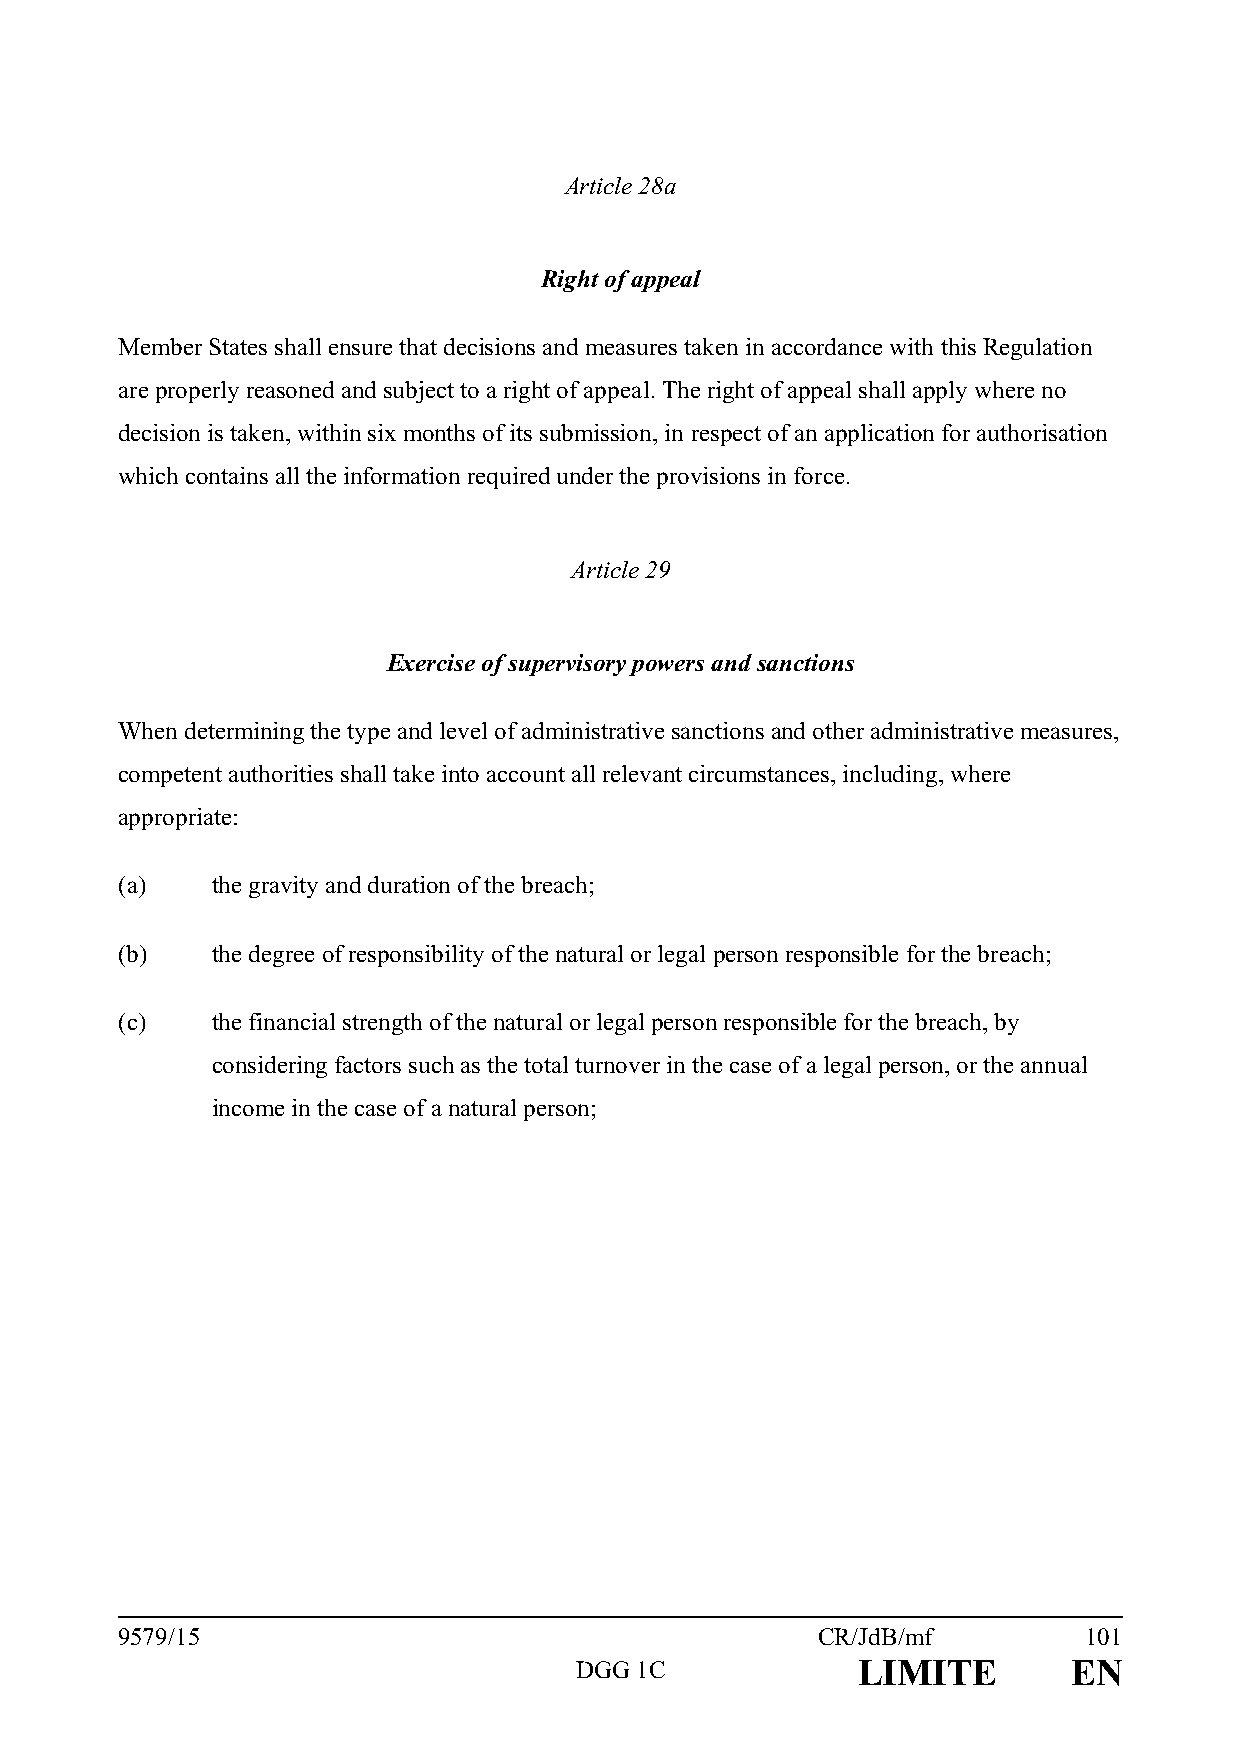
Article 28a
 Right of appeal
 Member States shall ensure that decisions and measures taken in accordance with this Regulation
 are properly reasoned and subject to a right of appeal. The right of appeal shall apply where no
 decision is taken, within six months of its submission, in respect of an application for authorisation
 which contains all the information required under the provisions in force.
 Article 29
 Exercise of supervisory powers and sanctions
 When determining the type and level of administrative sanctions and other administrative measures,
 competent authorities shall take into account all relevant circumstances, including, where
 appropriate:
 (a)   the gravity and duration of the breach;
 (b)   the degree of responsibility of the natural or legal person responsible for the breach;
 (c)   the financial strength of the natural or legal person responsible for the breach, by
 considering factors such as the total turnover in the case of a legal person, or the annual
 income in the case of a natural person;
 9579/15                                       CR/JdB/mf         101
 DGG 1C             LIMITE        EN